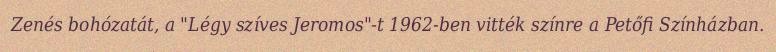
Zenés bohózatát, a "Légy szíves Jeromos"-t 1962-ben vitték színre a Petőfi Színházban.